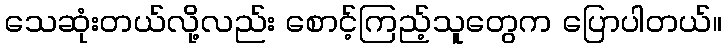
သေဆုံးတယ်လို့လည်း စောင့်ကြည့်သူတွေက ပြောပါတယ်။